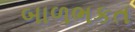
બાળભકત